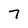
Character: 7